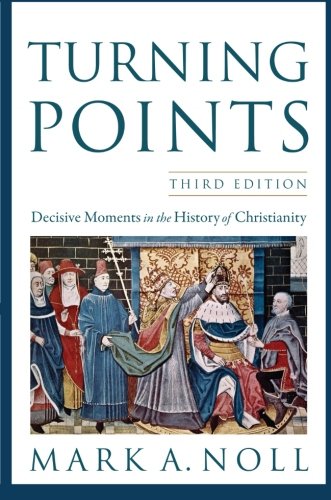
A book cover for Turning Points: Decisive Moments in the History of Christianity; Mark A. Noll; Religion & Spirituality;